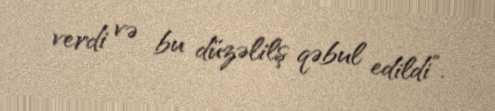
verdi və bu düzəlilş qəbul edildi”.